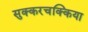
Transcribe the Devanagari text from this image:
सुक्करचक्किया